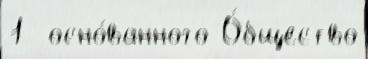
1  осно́ванного О́бщество